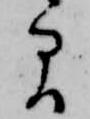
間